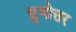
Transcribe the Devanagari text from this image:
ध्रुवोत्तर